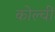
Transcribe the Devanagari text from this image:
कोल्ची